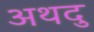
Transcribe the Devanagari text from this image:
अथदु